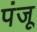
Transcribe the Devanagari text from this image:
पंजू